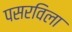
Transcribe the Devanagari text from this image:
पसरविला